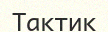
Тактик